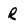
Character: r